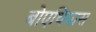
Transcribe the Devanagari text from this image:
बोएथियास